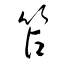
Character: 笘